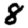
Digit: 8